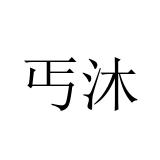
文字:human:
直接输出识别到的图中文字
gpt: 丐沐